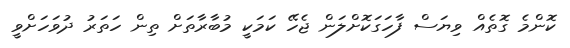
ކޮންމެ ގޮތެއް ވިޔަސް ފާހަގަކޮށްލަން ޖެހޭ ކަމަކީ މުބާރާތަށް ތިން ހަތަރު ދުވަހަށްވީ